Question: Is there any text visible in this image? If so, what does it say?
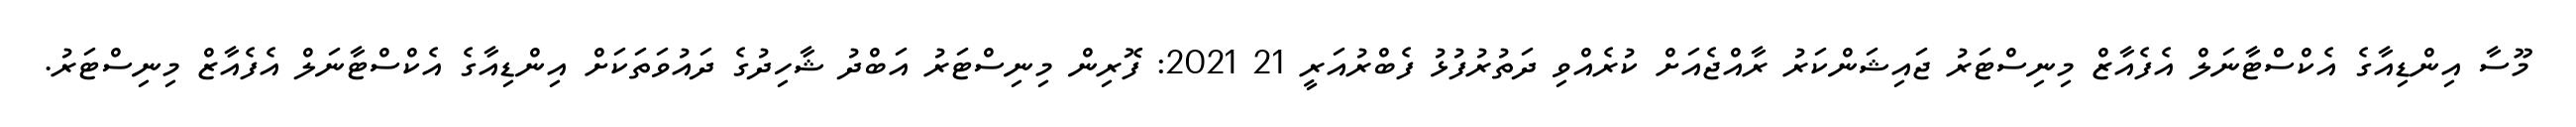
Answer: މޫސާ އިންޑިއާގެ އެކްސްޓާނަލް އެފެއާޒް މިނިސްޓަރު ޖައިޝަންކަރު ރާއްޖެއަށް ކުރެއްވި ދަތުރުފުޅު ފެބްރުއަރީ 21 2021: ފޮރިން މިނިސްޓަރު އަބްދު ޝާހިދުގެ ދައުވަތަކަށް އިންޑިއާގެ އެކްސްޓާނަލް އެފެއާޒް މިނިސްޓަރު.